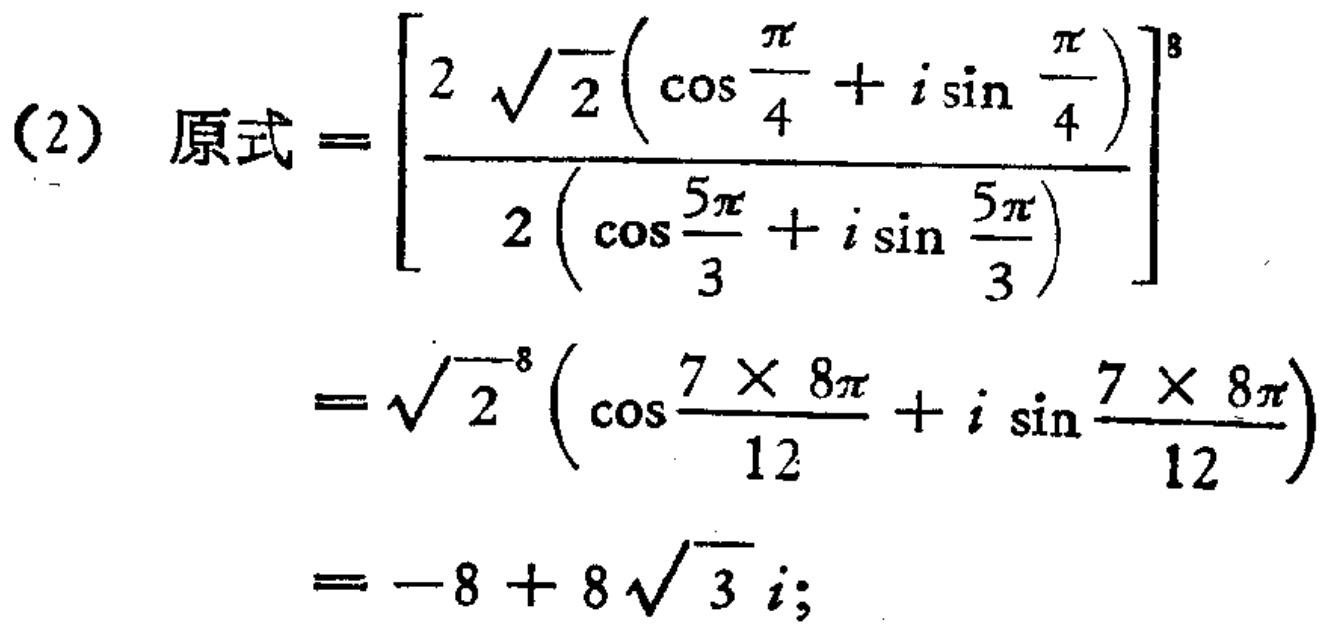
\[

\begin{align*}

(2)\ 原式&=\left[\frac{2\sqrt{2}\left(\cos\frac{\pi}{4}+i\sin\frac{\pi}{4}\right)}{2\left(\cos\frac{5\pi}{3}+i\sin\frac{5\pi}{3}\right)}\right]^8\\

&=\sqrt{2}^8\left(\cos\frac{7\times 8\pi}{12}+i\sin\frac{7\times 8\pi}{12}\right)\\

&=-8 + 8\sqrt{3}i;

\end{align*}

\]